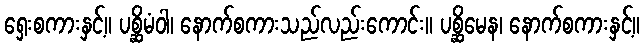
ရှေးစကားနှင့်။ ပစ္ဆိမံဝါ၊ နောက်စကားသည်လည်းကောင်း။ ပစ္ဆိမေန၊ နောက်စကားနှင့်။